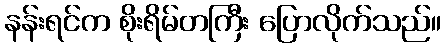
နန်းရင်က စိုးရိမ်တကြီး ပြောလိုက်သည်။